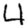
Digit: 4